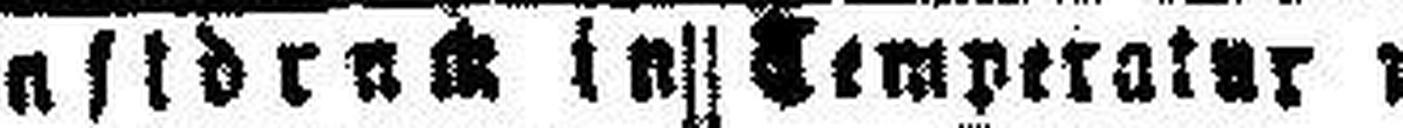
enstdruck in